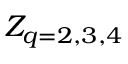
Z _ { q = 2 , 3 , 4 }